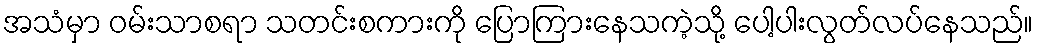
အသံမှာ ဝမ်းသာစရာ သတင်းစကားကို ပြောကြားနေသကဲ့သို့ ပေါ့ပါးလွတ်လပ်နေသည်။